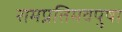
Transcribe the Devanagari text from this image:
रामप्रतिमवपुषा